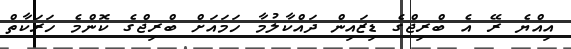
އިއްޔެ ރޭ އެ ބްރިޖްގެ ޑިޒައިން ދައްކާލުމާ ހަމައަށް ބްރިޖްގެ ކޮންމެ ހަރަކާތް